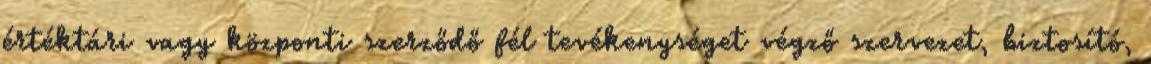
értéktári vagy központi szerződő fél tevékenységet végző szervezet, biztosító,